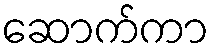
ဆောက်ကာ